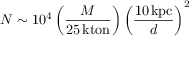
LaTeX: N \sim 1 0 ^ { 4 } \left( { \frac { M } { 2 5 \, \mathrm { k t o n } } } \right) \left( { \frac { 1 0 \, \mathrm { k p c } } { d } } \right) ^ { 2 }